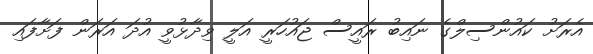
އެރަށު ކައުންސިލްގެ ނައިބު ރައީސް ޖައުހަރީ އަލީ ވިދާޅުވީ އުދަ އަރަން ފަށާފައި